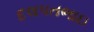
દલપતભાઇ